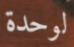
لوحدة